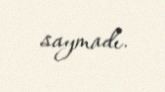
saymadı.